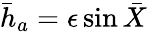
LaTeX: \bar{h}_{a}=\epsilon\sin\bar{X}